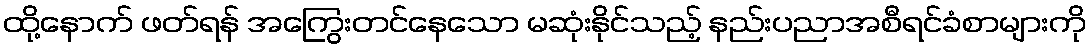
ထို့နောက် ဖတ်ရန် အကြွေးတင်နေသော မဆုံးနိုင်သည့် နည်းပညာအစီရင်ခံစာများကို